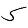
Digit: 5